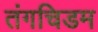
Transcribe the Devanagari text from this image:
तंगचिडम